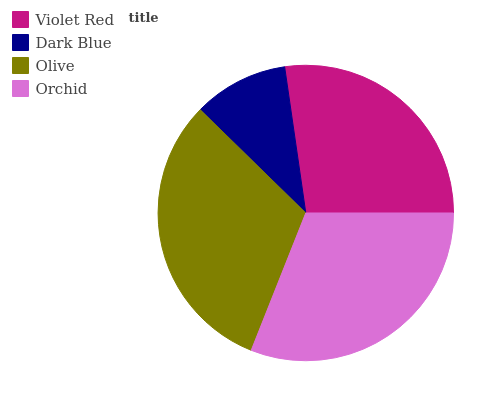
| Violet Red | Dark Blue | Olive | Orchid |
 | --- | --- | --- | --- |
 | 27.2% | 10.4% | 31.4% | 31% |